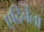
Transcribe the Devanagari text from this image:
एदिर्नेला